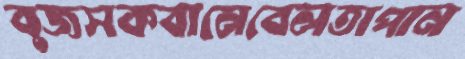
বুজসকবানেবেলতাপান